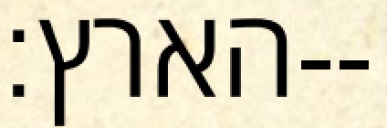
הארץ׃--